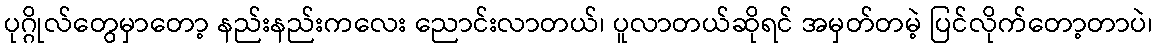
ပုဂ္ဂိုလ်တွေမှာတော့ နည်းနည်းကလေး ညောင်းလာတယ်၊ ပူလာတယ်ဆိုရင် အမှတ်တမဲ့ ပြင်လိုက်တော့တာပဲ၊